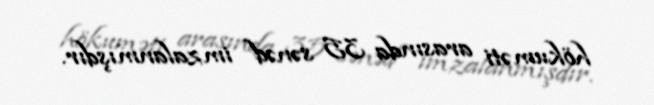
hökuməti arasında 35 sənəd imzalanmışdır.